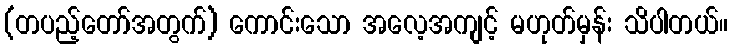
(တပည့်တော်အတွက်) ကောင်းသော အလေ့အကျင့် မဟုတ်မှန်း သိပါတယ်။